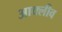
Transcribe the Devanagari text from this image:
आक्लीव